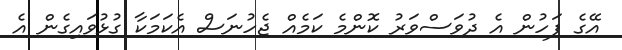
އޭގެ ފަހުން އެ ދުވަސްވަރު ކޮންމެ ކަމެއް ޖެހުނަސް އެކަމަކާ ގުޅުވައިގެން އެ